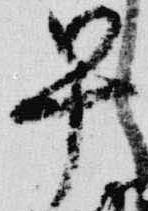
早